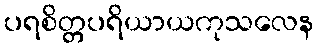
ပရစိတ္တပရိယာယကုသလေန